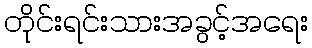
တိုင်းရင်းသားအခွင့်အရေး